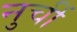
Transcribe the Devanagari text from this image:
नुचीं